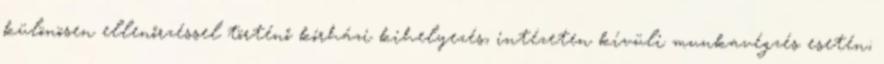
különösen ellenőrzéssel történő kórházi kihelyezés, intézeten kívüli munkavégzés esetén;